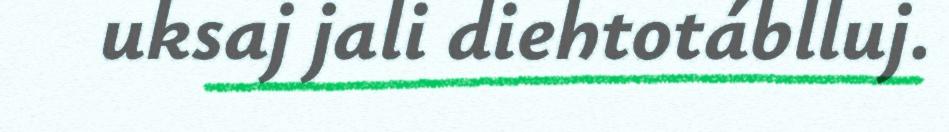
uksaj jali diehtotáblluj.